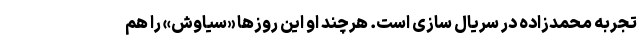
تجربه محمدزاده در سریال سازی است. هرچند او این روزها «سیاوش» را هم